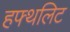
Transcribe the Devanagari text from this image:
हफ्थलिट